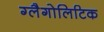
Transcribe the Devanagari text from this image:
ग्लैगोलिटिक